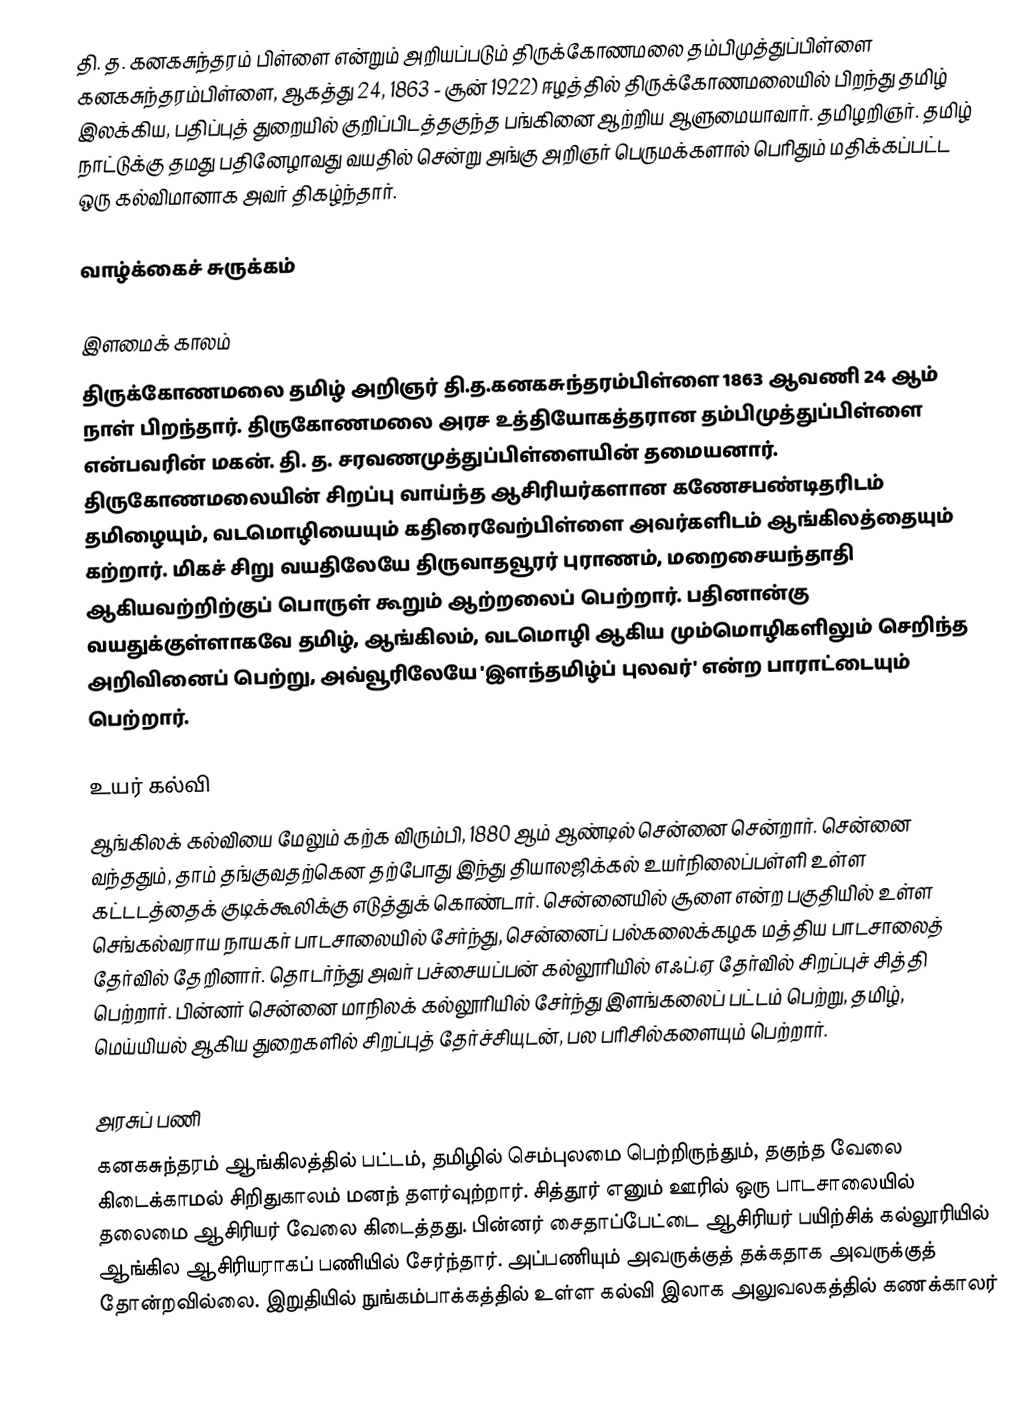
தி. த. கனகசுந்தரம் பிள்ளை என்றும் அறியப்படும் திருக்கோணமலை தம்பிமுத்துப்பிள்ளை கனகசுந்தரம்பிள்ளை, ஆகத்து 24, 1863 - சூன் 1922) ஈழத்தில் திருக்கோணமலையில் பிறந்து தமிழ் இலக்கிய, பதிப்புத் துறையில் குறிப்பிடத்தகுந்த பங்கினை ஆற்றிய ஆளுமையாவார். தமிழறிஞர். தமிழ் நாட்டுக்கு தமது பதினேழாவது வயதில் சென்று அங்கு அறிஞர் பெருமக்களால் பெரிதும் மதிக்கப்பட்ட ஒரு கல்விமானாக அவர் திகழ்ந்தார்.

வாழ்க்கைச் சுருக்கம்

இளமைக் காலம்
திருக்கோணமலை தமிழ் அறிஞர் தி.த.கனகசுந்தரம்பிள்ளை 1863 ஆவணி 24 ஆம் நாள் பிறந்தார். திருகோணமலை அரச உத்தியோகத்தரான தம்பிமுத்துப்பிள்ளை என்பவரின் மகன். தி. த. சரவணமுத்துப்பிள்ளையின் தமையனார். திருகோணமலையின் சிறப்பு வாய்ந்த ஆசிரியர்களான கணேசபண்டிதரிடம் தமிழையும், வடமொழியையும் கதிரைவேற்பிள்ளை அவர்களிடம் ஆங்கிலத்தையும் கற்றார். மிகச் சிறு வயதிலேயே திருவாதவூரர் புராணம், மறைசையந்தாதி ஆகியவற்றிற்குப் பொருள் கூறும் ஆற்றலைப் பெற்றார். பதினான்கு வயதுக்குள்ளாகவே தமிழ், ஆங்கிலம், வடமொழி ஆகிய மும்மொழிகளிலும் செறிந்த அறிவினைப் பெற்று, அவ்வூரிலேயே 'இளந்தமிழ்ப் புலவர்' என்ற பாராட்டையும் பெற்றார்.

உயர் கல்வி
ஆங்கிலக் கல்வியை மேலும் கற்க விரும்பி, 1880 ஆம் ஆண்டில் சென்னை சென்றார். சென்னை வந்ததும், தாம் தங்குவதற்கென தற்போது இந்து தியாலஜிக்கல் உயர்நிலைப்பள்ளி உள்ள கட்டடத்தைக் குடிக்கூலிக்கு எடுத்துக் கொண்டார். சென்னையில் சூளை என்ற பகுதியில் உள்ள செங்கல்வராய நாயகர் பாடசாலையில் சேர்ந்து, சென்னைப் பல்கலைக்கழக மத்திய பாடசாலைத் தேர்வில் தேறினார். தொடர்ந்து அவர் பச்சையப்பன் கல்லூரியில் எஃப்.ஏ தேர்வில் சிறப்புச் சித்தி பெற்றார். பின்னர் சென்னை மாநிலக் கல்லூரியில் சேர்ந்து இளங்கலைப் பட்டம் பெற்று, தமிழ், மெய்யியல் ஆகிய துறைகளில் சிறப்புத் தேர்ச்சியுடன், பல பரிசில்களையும் பெற்றார்.

அரசுப் பணி
கனகசுந்தரம் ஆங்கிலத்தில் பட்டம், தமிழில் செம்புலமை பெற்றிருந்தும், தகுந்த வேலை கிடைக்காமல் சிறிதுகாலம் மனந் தளர்வுற்றார். சித்தூர் எனும் ஊரில் ஒரு பாடசாலையில் தலைமை ஆசிரியர் வேலை கிடைத்தது. பின்னர் சைதாப்பேட்டை ஆசிரியர் பயிற்சிக் கல்லூரியில் ஆங்கில ஆசிரியராகப் பணியில் சேர்ந்தார். அப்பணியும் அவருக்குத் தக்கதாக அவருக்குத் தோன்றவில்லை. இறுதியில் நுங்கம்பாக்கத்தில் உள்ள கல்வி இலாக அலுவலகத்தில் கணக்காலர்